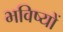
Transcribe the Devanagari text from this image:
भविष्यों